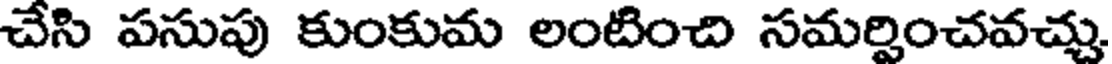
చేసి పసుపు కుంకుమ లంటించి సమర్పించవచ్చు